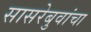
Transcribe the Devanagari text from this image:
सासरेबुवांचा